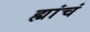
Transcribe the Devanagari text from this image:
ह्यांचं